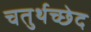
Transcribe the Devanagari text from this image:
चतुर्थच्छेद